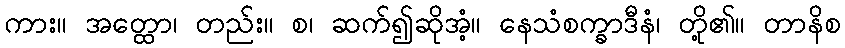
ကား။ အတ္ထော၊ တည်း။ စ၊ ဆက်၍ဆိုအံ့။ နေသံစက္ခာဒီနံ၊ တို့၏။ တာနိစ